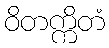
ဝိတက္ကိတံ